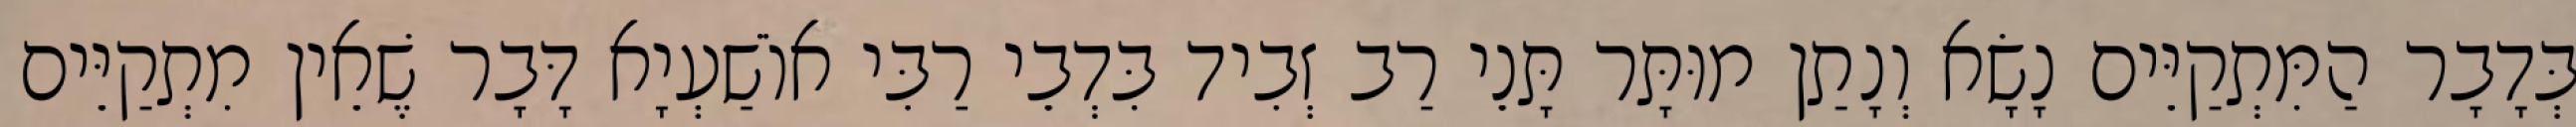
בְּדָבָר הַמִּתְקַיֵּים נָשָׂא וְנָתַן מוּתָּר תָּנֵי רַב זְבִיד בִּדְבֵי רַבִּי אוֹשַׁעְיָא דָּבָר שֶׁאֵין מִתְקַיֵּים